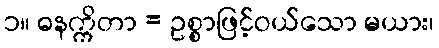
၁။ ဓနက္ကိတာ = ဥစ္စာဖြင့်ဝယ်သော မယား၊